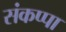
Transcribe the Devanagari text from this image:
संकप्पा